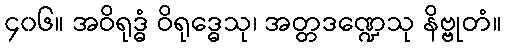
၄၀၆။ အဝိရုဒ္ဓံ ဝိရုဒ္ဓေသု၊ အတ္တဒဏ္ဍေသု နိဗ္ဗုတံ။